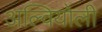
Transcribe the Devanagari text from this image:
अल्वियोली